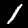
Digit: 1